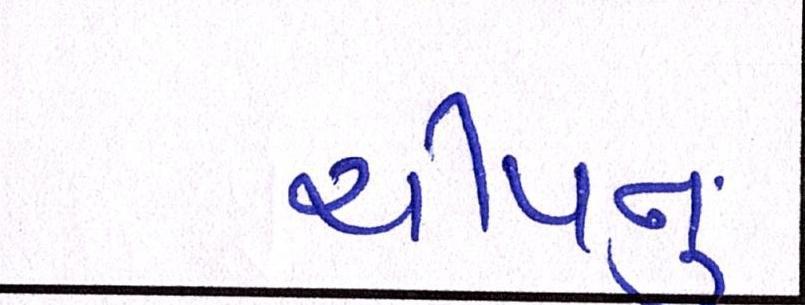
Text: ચીપનું